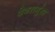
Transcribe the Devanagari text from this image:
देवरागुंडा